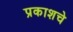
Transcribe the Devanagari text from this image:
प्रकाशचे